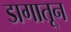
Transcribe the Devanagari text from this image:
डागातून